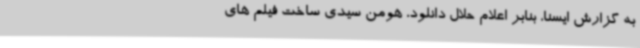
به گزارش ایسنا، بنابر اعلام حلال دانلود، هومن سیدی ساخت فیلم های